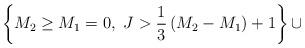
LaTeX: \begin{align*}\left\{M_2\ge M_1=0,~J>{1\over 3}\left(M_2-M_1\right)+1\right\}\cup\end{align*}